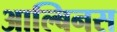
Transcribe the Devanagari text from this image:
आल्बिनस